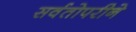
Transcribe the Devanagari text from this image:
सर्वतोपरीने